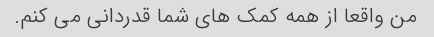
من واقعا از همه کمک های شما قدردانی می کنم.